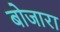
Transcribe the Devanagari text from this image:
बोजारा